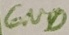
Text: GND